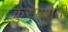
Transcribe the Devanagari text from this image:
कुरणशेती